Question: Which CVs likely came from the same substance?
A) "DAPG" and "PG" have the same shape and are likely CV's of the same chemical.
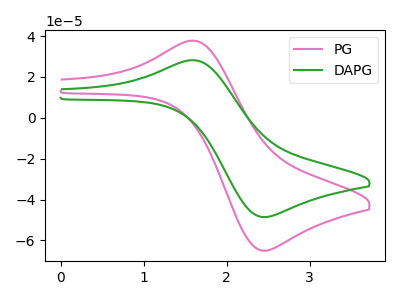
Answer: <think>The pink curve "PG" has an anodic peak at (1.60V, 37.60uA) and a cathodic peak at (2.45V, -65.00uA). The green curve "DAPG" has an anodic peak at (1.60V, 28.10uA) and a cathodic peak at (2.45V, -48.55uA).
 All the peaks in "PG" have a peak in "DAPG" at the same potential. Every peak in "PG" is higher than every peak in "DAPG".</think>
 <answer>A) "DAPG" and "PG" have the same shape and are likely CV's of the same chemical.</answer>
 <eval>A</eval>